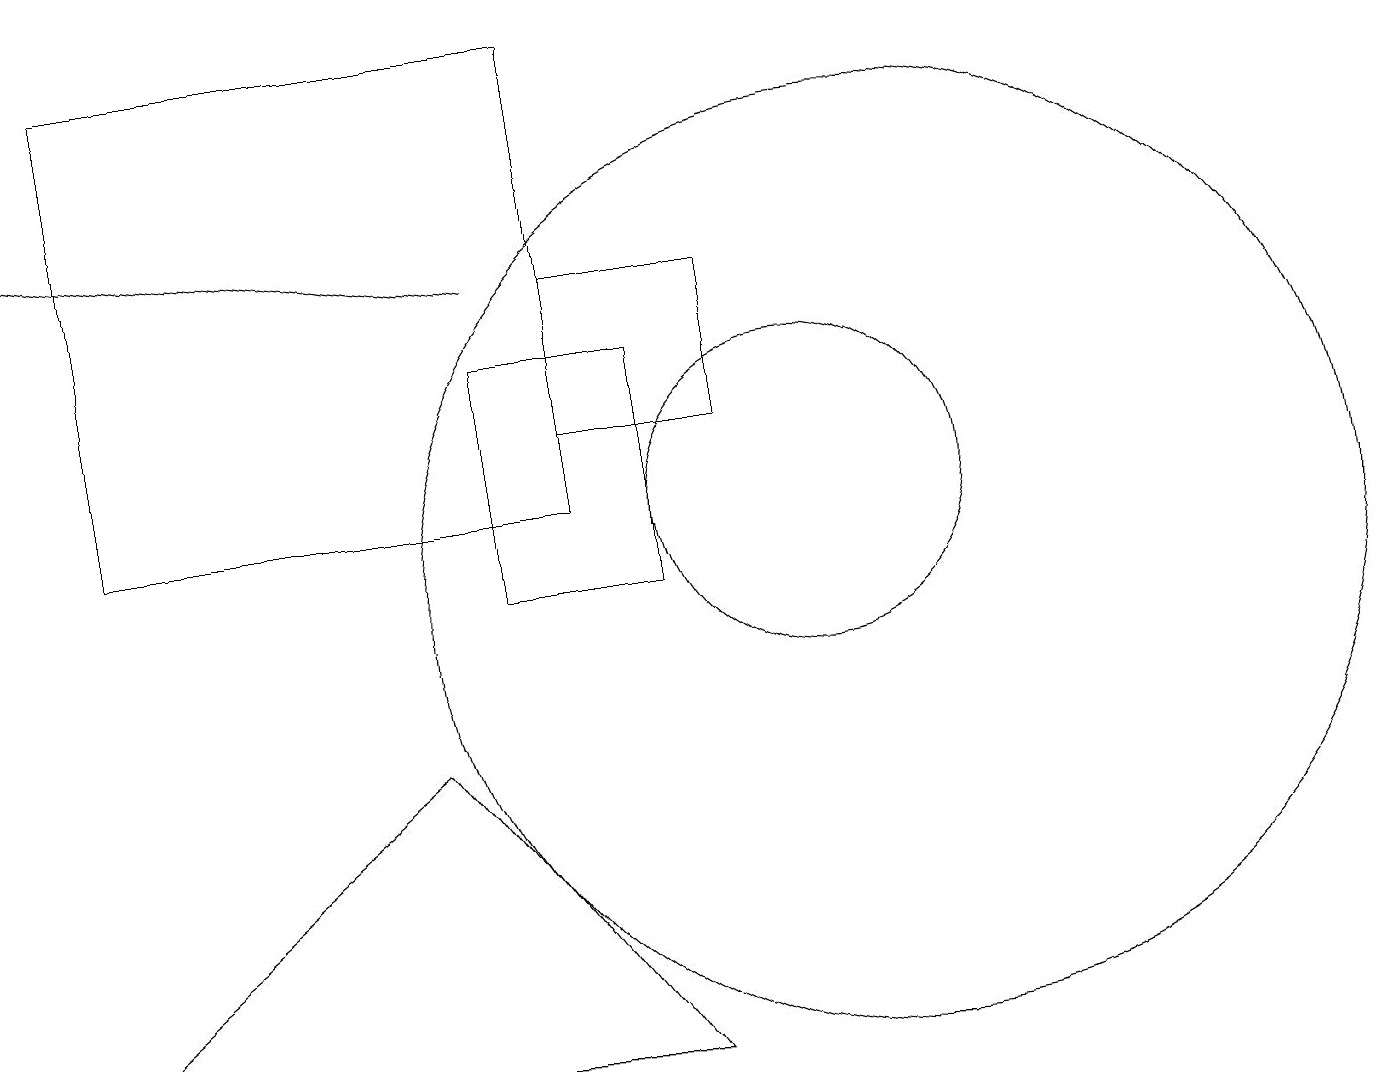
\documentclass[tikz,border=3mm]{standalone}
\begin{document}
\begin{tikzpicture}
\draw[->] (6,14) -- (0,15);
\draw (7,14) rectangle (9,12);
\draw (10,11) circle (2);
\draw (7,17) rectangle (1,11);
\draw (6,10) rectangle (8,13);
\draw (8,4) -- (0,4) -- (5,8) -- cycle;
\draw (11,10) circle (6);
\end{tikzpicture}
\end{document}